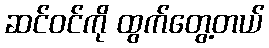
ဆင်ဝင်ကို ထွက်တွေ့တယ်